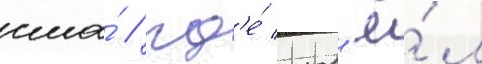
сша́ / гд'е́ пров'ё́л